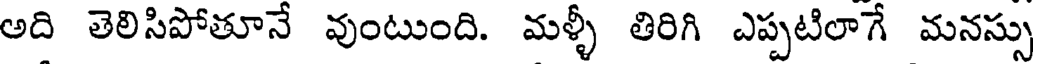
అది తెలిసిపోతూనే వుంటుంది. మళ్ళీ తిరిగి ఎప్పటిలాగే మనస్సు